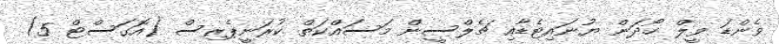
ވެންޑަ ވީލް ހޯދަން ޔުނައިޓެޑާއި ޗެލްސީން މަސައްކަތް ކުރަނީޕެރިސް (އޮގަސްޓް 5)